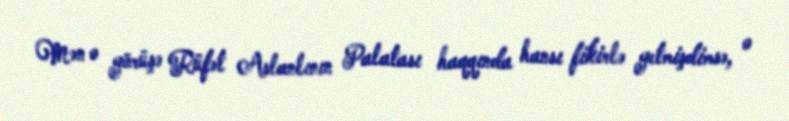
Mən o görüşə Rüfət Aslanlının Palatası haqqında hansı fikirlə getmişdimsə, o